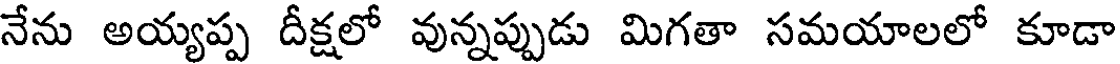
నేను అయ్యప్ప దీక్షలో వున్నప్పుడు మిగతా సమయాలలో కూడా